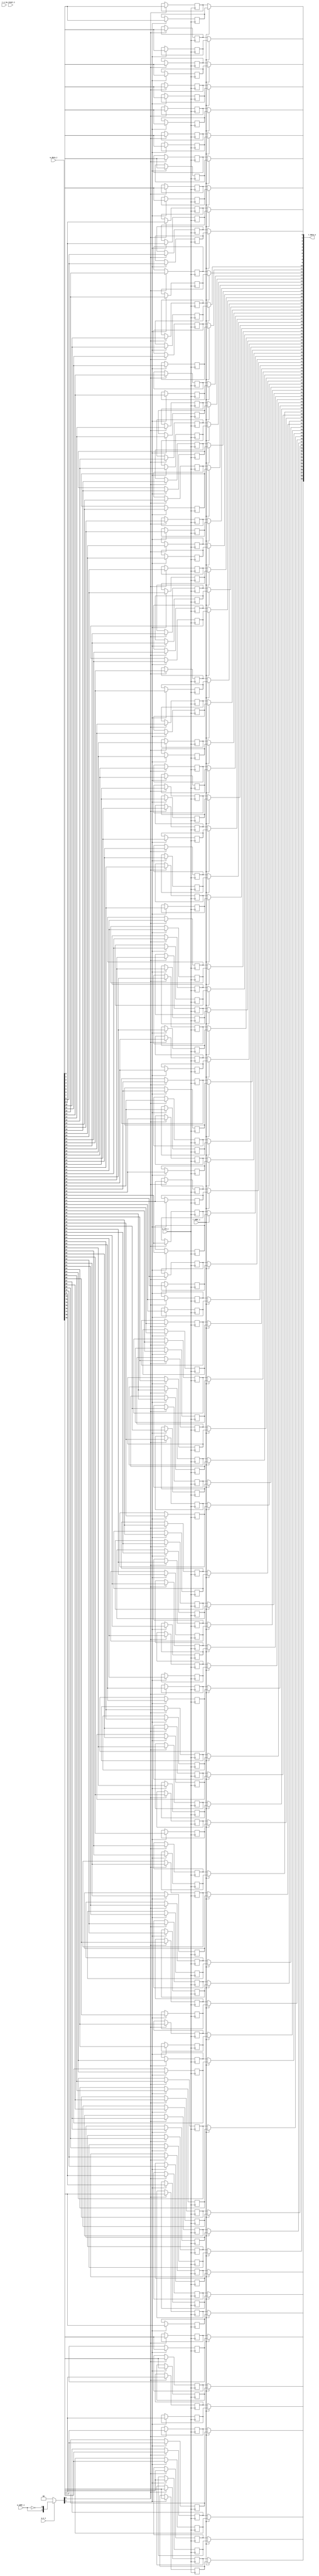
module bsg_mem_1r1w_synth_width_p80_els_p2_read_write_same_addr_p0_harden_p0
(
  w_clk_i,
  w_reset_i,
  w_v_i,
  w_addr_i,
  w_data_i,
  r_v_i,
  r_addr_i,
  r_data_o
);

  input [0:0] w_addr_i;
  input [79:0] w_data_i;
  input [0:0] r_addr_i;
  output [79:0] r_data_o;
  input w_clk_i;
  input w_reset_i;
  input w_v_i;
  input r_v_i;
  wire [79:0] r_data_o;
  wire N0,N1,N2,N3,N4,N5,N7,N8;
  reg [159:0] mem;
  assign r_data_o[79] = (N3)? mem[79] : 
                        (N0)? mem[159] : 1'b0;
  assign N0 = r_addr_i[0];
  assign r_data_o[78] = (N3)? mem[78] : 
                        (N0)? mem[158] : 1'b0;
  assign r_data_o[77] = (N3)? mem[77] : 
                        (N0)? mem[157] : 1'b0;
  assign r_data_o[76] = (N3)? mem[76] : 
                        (N0)? mem[156] : 1'b0;
  assign r_data_o[75] = (N3)? mem[75] : 
                        (N0)? mem[155] : 1'b0;
  assign r_data_o[74] = (N3)? mem[74] : 
                        (N0)? mem[154] : 1'b0;
  assign r_data_o[73] = (N3)? mem[73] : 
                        (N0)? mem[153] : 1'b0;
  assign r_data_o[72] = (N3)? mem[72] : 
                        (N0)? mem[152] : 1'b0;
  assign r_data_o[71] = (N3)? mem[71] : 
                        (N0)? mem[151] : 1'b0;
  assign r_data_o[70] = (N3)? mem[70] : 
                        (N0)? mem[150] : 1'b0;
  assign r_data_o[69] = (N3)? mem[69] : 
                        (N0)? mem[149] : 1'b0;
  assign r_data_o[68] = (N3)? mem[68] : 
                        (N0)? mem[148] : 1'b0;
  assign r_data_o[67] = (N3)? mem[67] : 
                        (N0)? mem[147] : 1'b0;
  assign r_data_o[66] = (N3)? mem[66] : 
                        (N0)? mem[146] : 1'b0;
  assign r_data_o[65] = (N3)? mem[65] : 
                        (N0)? mem[145] : 1'b0;
  assign r_data_o[64] = (N3)? mem[64] : 
                        (N0)? mem[144] : 1'b0;
  assign r_data_o[63] = (N3)? mem[63] : 
                        (N0)? mem[143] : 1'b0;
  assign r_data_o[62] = (N3)? mem[62] : 
                        (N0)? mem[142] : 1'b0;
  assign r_data_o[61] = (N3)? mem[61] : 
                        (N0)? mem[141] : 1'b0;
  assign r_data_o[60] = (N3)? mem[60] : 
                        (N0)? mem[140] : 1'b0;
  assign r_data_o[59] = (N3)? mem[59] : 
                        (N0)? mem[139] : 1'b0;
  assign r_data_o[58] = (N3)? mem[58] : 
                        (N0)? mem[138] : 1'b0;
  assign r_data_o[57] = (N3)? mem[57] : 
                        (N0)? mem[137] : 1'b0;
  assign r_data_o[56] = (N3)? mem[56] : 
                        (N0)? mem[136] : 1'b0;
  assign r_data_o[55] = (N3)? mem[55] : 
                        (N0)? mem[135] : 1'b0;
  assign r_data_o[54] = (N3)? mem[54] : 
                        (N0)? mem[134] : 1'b0;
  assign r_data_o[53] = (N3)? mem[53] : 
                        (N0)? mem[133] : 1'b0;
  assign r_data_o[52] = (N3)? mem[52] : 
                        (N0)? mem[132] : 1'b0;
  assign r_data_o[51] = (N3)? mem[51] : 
                        (N0)? mem[131] : 1'b0;
  assign r_data_o[50] = (N3)? mem[50] : 
                        (N0)? mem[130] : 1'b0;
  assign r_data_o[49] = (N3)? mem[49] : 
                        (N0)? mem[129] : 1'b0;
  assign r_data_o[48] = (N3)? mem[48] : 
                        (N0)? mem[128] : 1'b0;
  assign r_data_o[47] = (N3)? mem[47] : 
                        (N0)? mem[127] : 1'b0;
  assign r_data_o[46] = (N3)? mem[46] : 
                        (N0)? mem[126] : 1'b0;
  assign r_data_o[45] = (N3)? mem[45] : 
                        (N0)? mem[125] : 1'b0;
  assign r_data_o[44] = (N3)? mem[44] : 
                        (N0)? mem[124] : 1'b0;
  assign r_data_o[43] = (N3)? mem[43] : 
                        (N0)? mem[123] : 1'b0;
  assign r_data_o[42] = (N3)? mem[42] : 
                        (N0)? mem[122] : 1'b0;
  assign r_data_o[41] = (N3)? mem[41] : 
                        (N0)? mem[121] : 1'b0;
  assign r_data_o[40] = (N3)? mem[40] : 
                        (N0)? mem[120] : 1'b0;
  assign r_data_o[39] = (N3)? mem[39] : 
                        (N0)? mem[119] : 1'b0;
  assign r_data_o[38] = (N3)? mem[38] : 
                        (N0)? mem[118] : 1'b0;
  assign r_data_o[37] = (N3)? mem[37] : 
                        (N0)? mem[117] : 1'b0;
  assign r_data_o[36] = (N3)? mem[36] : 
                        (N0)? mem[116] : 1'b0;
  assign r_data_o[35] = (N3)? mem[35] : 
                        (N0)? mem[115] : 1'b0;
  assign r_data_o[34] = (N3)? mem[34] : 
                        (N0)? mem[114] : 1'b0;
  assign r_data_o[33] = (N3)? mem[33] : 
                        (N0)? mem[113] : 1'b0;
  assign r_data_o[32] = (N3)? mem[32] : 
                        (N0)? mem[112] : 1'b0;
  assign r_data_o[31] = (N3)? mem[31] : 
                        (N0)? mem[111] : 1'b0;
  assign r_data_o[30] = (N3)? mem[30] : 
                        (N0)? mem[110] : 1'b0;
  assign r_data_o[29] = (N3)? mem[29] : 
                        (N0)? mem[109] : 1'b0;
  assign r_data_o[28] = (N3)? mem[28] : 
                        (N0)? mem[108] : 1'b0;
  assign r_data_o[27] = (N3)? mem[27] : 
                        (N0)? mem[107] : 1'b0;
  assign r_data_o[26] = (N3)? mem[26] : 
                        (N0)? mem[106] : 1'b0;
  assign r_data_o[25] = (N3)? mem[25] : 
                        (N0)? mem[105] : 1'b0;
  assign r_data_o[24] = (N3)? mem[24] : 
                        (N0)? mem[104] : 1'b0;
  assign r_data_o[23] = (N3)? mem[23] : 
                        (N0)? mem[103] : 1'b0;
  assign r_data_o[22] = (N3)? mem[22] : 
                        (N0)? mem[102] : 1'b0;
  assign r_data_o[21] = (N3)? mem[21] : 
                        (N0)? mem[101] : 1'b0;
  assign r_data_o[20] = (N3)? mem[20] : 
                        (N0)? mem[100] : 1'b0;
  assign r_data_o[19] = (N3)? mem[19] : 
                        (N0)? mem[99] : 1'b0;
  assign r_data_o[18] = (N3)? mem[18] : 
                        (N0)? mem[98] : 1'b0;
  assign r_data_o[17] = (N3)? mem[17] : 
                        (N0)? mem[97] : 1'b0;
  assign r_data_o[16] = (N3)? mem[16] : 
                        (N0)? mem[96] : 1'b0;
  assign r_data_o[15] = (N3)? mem[15] : 
                        (N0)? mem[95] : 1'b0;
  assign r_data_o[14] = (N3)? mem[14] : 
                        (N0)? mem[94] : 1'b0;
  assign r_data_o[13] = (N3)? mem[13] : 
                        (N0)? mem[93] : 1'b0;
  assign r_data_o[12] = (N3)? mem[12] : 
                        (N0)? mem[92] : 1'b0;
  assign r_data_o[11] = (N3)? mem[11] : 
                        (N0)? mem[91] : 1'b0;
  assign r_data_o[10] = (N3)? mem[10] : 
                        (N0)? mem[90] : 1'b0;
  assign r_data_o[9] = (N3)? mem[9] : 
                       (N0)? mem[89] : 1'b0;
  assign r_data_o[8] = (N3)? mem[8] : 
                       (N0)? mem[88] : 1'b0;
  assign r_data_o[7] = (N3)? mem[7] : 
                       (N0)? mem[87] : 1'b0;
  assign r_data_o[6] = (N3)? mem[6] : 
                       (N0)? mem[86] : 1'b0;
  assign r_data_o[5] = (N3)? mem[5] : 
                       (N0)? mem[85] : 1'b0;
  assign r_data_o[4] = (N3)? mem[4] : 
                       (N0)? mem[84] : 1'b0;
  assign r_data_o[3] = (N3)? mem[3] : 
                       (N0)? mem[83] : 1'b0;
  assign r_data_o[2] = (N3)? mem[2] : 
                       (N0)? mem[82] : 1'b0;
  assign r_data_o[1] = (N3)? mem[1] : 
                       (N0)? mem[81] : 1'b0;
  assign r_data_o[0] = (N3)? mem[0] : 
                       (N0)? mem[80] : 1'b0;

  always @(posedge w_clk_i) begin
    if(N8) begin
      mem[159] <= w_data_i[79];
    end 
  end


  always @(posedge w_clk_i) begin
    if(N8) begin
      mem[158] <= w_data_i[78];
    end 
  end


  always @(posedge w_clk_i) begin
    if(N8) begin
      mem[157] <= w_data_i[77];
    end 
  end


  always @(posedge w_clk_i) begin
    if(N8) begin
      mem[156] <= w_data_i[76];
    end 
  end


  always @(posedge w_clk_i) begin
    if(N8) begin
      mem[155] <= w_data_i[75];
    end 
  end


  always @(posedge w_clk_i) begin
    if(N8) begin
      mem[154] <= w_data_i[74];
    end 
  end


  always @(posedge w_clk_i) begin
    if(N8) begin
      mem[153] <= w_data_i[73];
    end 
  end


  always @(posedge w_clk_i) begin
    if(N8) begin
      mem[152] <= w_data_i[72];
    end 
  end


  always @(posedge w_clk_i) begin
    if(N8) begin
      mem[151] <= w_data_i[71];
    end 
  end


  always @(posedge w_clk_i) begin
    if(N8) begin
      mem[150] <= w_data_i[70];
    end 
  end


  always @(posedge w_clk_i) begin
    if(N8) begin
      mem[149] <= w_data_i[69];
    end 
  end


  always @(posedge w_clk_i) begin
    if(N8) begin
      mem[148] <= w_data_i[68];
    end 
  end


  always @(posedge w_clk_i) begin
    if(N8) begin
      mem[147] <= w_data_i[67];
    end 
  end


  always @(posedge w_clk_i) begin
    if(N8) begin
      mem[146] <= w_data_i[66];
    end 
  end


  always @(posedge w_clk_i) begin
    if(N8) begin
      mem[145] <= w_data_i[65];
    end 
  end


  always @(posedge w_clk_i) begin
    if(N8) begin
      mem[144] <= w_data_i[64];
    end 
  end


  always @(posedge w_clk_i) begin
    if(N8) begin
      mem[143] <= w_data_i[63];
    end 
  end


  always @(posedge w_clk_i) begin
    if(N8) begin
      mem[142] <= w_data_i[62];
    end 
  end


  always @(posedge w_clk_i) begin
    if(N8) begin
      mem[141] <= w_data_i[61];
    end 
  end


  always @(posedge w_clk_i) begin
    if(N8) begin
      mem[140] <= w_data_i[60];
    end 
  end


  always @(posedge w_clk_i) begin
    if(N8) begin
      mem[139] <= w_data_i[59];
    end 
  end


  always @(posedge w_clk_i) begin
    if(N8) begin
      mem[138] <= w_data_i[58];
    end 
  end


  always @(posedge w_clk_i) begin
    if(N8) begin
      mem[137] <= w_data_i[57];
    end 
  end


  always @(posedge w_clk_i) begin
    if(N8) begin
      mem[136] <= w_data_i[56];
    end 
  end


  always @(posedge w_clk_i) begin
    if(N8) begin
      mem[135] <= w_data_i[55];
    end 
  end


  always @(posedge w_clk_i) begin
    if(N8) begin
      mem[134] <= w_data_i[54];
    end 
  end


  always @(posedge w_clk_i) begin
    if(N8) begin
      mem[133] <= w_data_i[53];
    end 
  end


  always @(posedge w_clk_i) begin
    if(N8) begin
      mem[132] <= w_data_i[52];
    end 
  end


  always @(posedge w_clk_i) begin
    if(N8) begin
      mem[131] <= w_data_i[51];
    end 
  end


  always @(posedge w_clk_i) begin
    if(N8) begin
      mem[130] <= w_data_i[50];
    end 
  end


  always @(posedge w_clk_i) begin
    if(N8) begin
      mem[129] <= w_data_i[49];
    end 
  end


  always @(posedge w_clk_i) begin
    if(N8) begin
      mem[128] <= w_data_i[48];
    end 
  end


  always @(posedge w_clk_i) begin
    if(N8) begin
      mem[127] <= w_data_i[47];
    end 
  end


  always @(posedge w_clk_i) begin
    if(N8) begin
      mem[126] <= w_data_i[46];
    end 
  end


  always @(posedge w_clk_i) begin
    if(N8) begin
      mem[125] <= w_data_i[45];
    end 
  end


  always @(posedge w_clk_i) begin
    if(N8) begin
      mem[124] <= w_data_i[44];
    end 
  end


  always @(posedge w_clk_i) begin
    if(N8) begin
      mem[123] <= w_data_i[43];
    end 
  end


  always @(posedge w_clk_i) begin
    if(N8) begin
      mem[122] <= w_data_i[42];
    end 
  end


  always @(posedge w_clk_i) begin
    if(N8) begin
      mem[121] <= w_data_i[41];
    end 
  end


  always @(posedge w_clk_i) begin
    if(N8) begin
      mem[120] <= w_data_i[40];
    end 
  end


  always @(posedge w_clk_i) begin
    if(N8) begin
      mem[119] <= w_data_i[39];
    end 
  end


  always @(posedge w_clk_i) begin
    if(N8) begin
      mem[118] <= w_data_i[38];
    end 
  end


  always @(posedge w_clk_i) begin
    if(N8) begin
      mem[117] <= w_data_i[37];
    end 
  end


  always @(posedge w_clk_i) begin
    if(N8) begin
      mem[116] <= w_data_i[36];
    end 
  end


  always @(posedge w_clk_i) begin
    if(N8) begin
      mem[115] <= w_data_i[35];
    end 
  end


  always @(posedge w_clk_i) begin
    if(N8) begin
      mem[114] <= w_data_i[34];
    end 
  end


  always @(posedge w_clk_i) begin
    if(N8) begin
      mem[113] <= w_data_i[33];
    end 
  end


  always @(posedge w_clk_i) begin
    if(N8) begin
      mem[112] <= w_data_i[32];
    end 
  end


  always @(posedge w_clk_i) begin
    if(N8) begin
      mem[111] <= w_data_i[31];
    end 
  end


  always @(posedge w_clk_i) begin
    if(N8) begin
      mem[110] <= w_data_i[30];
    end 
  end


  always @(posedge w_clk_i) begin
    if(N8) begin
      mem[109] <= w_data_i[29];
    end 
  end


  always @(posedge w_clk_i) begin
    if(N8) begin
      mem[108] <= w_data_i[28];
    end 
  end


  always @(posedge w_clk_i) begin
    if(N8) begin
      mem[107] <= w_data_i[27];
    end 
  end


  always @(posedge w_clk_i) begin
    if(N8) begin
      mem[106] <= w_data_i[26];
    end 
  end


  always @(posedge w_clk_i) begin
    if(N8) begin
      mem[105] <= w_data_i[25];
    end 
  end


  always @(posedge w_clk_i) begin
    if(N8) begin
      mem[104] <= w_data_i[24];
    end 
  end


  always @(posedge w_clk_i) begin
    if(N8) begin
      mem[103] <= w_data_i[23];
    end 
  end


  always @(posedge w_clk_i) begin
    if(N8) begin
      mem[102] <= w_data_i[22];
    end 
  end


  always @(posedge w_clk_i) begin
    if(N8) begin
      mem[101] <= w_data_i[21];
    end 
  end


  always @(posedge w_clk_i) begin
    if(N8) begin
      mem[100] <= w_data_i[20];
    end 
  end


  always @(posedge w_clk_i) begin
    if(N8) begin
      mem[99] <= w_data_i[19];
    end 
  end


  always @(posedge w_clk_i) begin
    if(N8) begin
      mem[98] <= w_data_i[18];
    end 
  end


  always @(posedge w_clk_i) begin
    if(N8) begin
      mem[97] <= w_data_i[17];
    end 
  end


  always @(posedge w_clk_i) begin
    if(N8) begin
      mem[96] <= w_data_i[16];
    end 
  end


  always @(posedge w_clk_i) begin
    if(N8) begin
      mem[95] <= w_data_i[15];
    end 
  end


  always @(posedge w_clk_i) begin
    if(N8) begin
      mem[94] <= w_data_i[14];
    end 
  end


  always @(posedge w_clk_i) begin
    if(N8) begin
      mem[93] <= w_data_i[13];
    end 
  end


  always @(posedge w_clk_i) begin
    if(N8) begin
      mem[92] <= w_data_i[12];
    end 
  end


  always @(posedge w_clk_i) begin
    if(N8) begin
      mem[91] <= w_data_i[11];
    end 
  end


  always @(posedge w_clk_i) begin
    if(N8) begin
      mem[90] <= w_data_i[10];
    end 
  end


  always @(posedge w_clk_i) begin
    if(N8) begin
      mem[89] <= w_data_i[9];
    end 
  end


  always @(posedge w_clk_i) begin
    if(N8) begin
      mem[88] <= w_data_i[8];
    end 
  end


  always @(posedge w_clk_i) begin
    if(N8) begin
      mem[87] <= w_data_i[7];
    end 
  end


  always @(posedge w_clk_i) begin
    if(N8) begin
      mem[86] <= w_data_i[6];
    end 
  end


  always @(posedge w_clk_i) begin
    if(N8) begin
      mem[85] <= w_data_i[5];
    end 
  end


  always @(posedge w_clk_i) begin
    if(N8) begin
      mem[84] <= w_data_i[4];
    end 
  end


  always @(posedge w_clk_i) begin
    if(N8) begin
      mem[83] <= w_data_i[3];
    end 
  end


  always @(posedge w_clk_i) begin
    if(N8) begin
      mem[82] <= w_data_i[2];
    end 
  end


  always @(posedge w_clk_i) begin
    if(N8) begin
      mem[81] <= w_data_i[1];
    end 
  end


  always @(posedge w_clk_i) begin
    if(N8) begin
      mem[80] <= w_data_i[0];
    end 
  end


  always @(posedge w_clk_i) begin
    if(N7) begin
      mem[79] <= w_data_i[79];
    end 
  end


  always @(posedge w_clk_i) begin
    if(N7) begin
      mem[78] <= w_data_i[78];
    end 
  end


  always @(posedge w_clk_i) begin
    if(N7) begin
      mem[77] <= w_data_i[77];
    end 
  end


  always @(posedge w_clk_i) begin
    if(N7) begin
      mem[76] <= w_data_i[76];
    end 
  end


  always @(posedge w_clk_i) begin
    if(N7) begin
      mem[75] <= w_data_i[75];
    end 
  end


  always @(posedge w_clk_i) begin
    if(N7) begin
      mem[74] <= w_data_i[74];
    end 
  end


  always @(posedge w_clk_i) begin
    if(N7) begin
      mem[73] <= w_data_i[73];
    end 
  end


  always @(posedge w_clk_i) begin
    if(N7) begin
      mem[72] <= w_data_i[72];
    end 
  end


  always @(posedge w_clk_i) begin
    if(N7) begin
      mem[71] <= w_data_i[71];
    end 
  end


  always @(posedge w_clk_i) begin
    if(N7) begin
      mem[70] <= w_data_i[70];
    end 
  end


  always @(posedge w_clk_i) begin
    if(N7) begin
      mem[69] <= w_data_i[69];
    end 
  end


  always @(posedge w_clk_i) begin
    if(N7) begin
      mem[68] <= w_data_i[68];
    end 
  end


  always @(posedge w_clk_i) begin
    if(N7) begin
      mem[67] <= w_data_i[67];
    end 
  end


  always @(posedge w_clk_i) begin
    if(N7) begin
      mem[66] <= w_data_i[66];
    end 
  end


  always @(posedge w_clk_i) begin
    if(N7) begin
      mem[65] <= w_data_i[65];
    end 
  end


  always @(posedge w_clk_i) begin
    if(N7) begin
      mem[64] <= w_data_i[64];
    end 
  end


  always @(posedge w_clk_i) begin
    if(N7) begin
      mem[63] <= w_data_i[63];
    end 
  end


  always @(posedge w_clk_i) begin
    if(N7) begin
      mem[62] <= w_data_i[62];
    end 
  end


  always @(posedge w_clk_i) begin
    if(N7) begin
      mem[61] <= w_data_i[61];
    end 
  end


  always @(posedge w_clk_i) begin
    if(N7) begin
      mem[60] <= w_data_i[60];
    end 
  end


  always @(posedge w_clk_i) begin
    if(N7) begin
      mem[59] <= w_data_i[59];
    end 
  end


  always @(posedge w_clk_i) begin
    if(N7) begin
      mem[58] <= w_data_i[58];
    end 
  end


  always @(posedge w_clk_i) begin
    if(N7) begin
      mem[57] <= w_data_i[57];
    end 
  end


  always @(posedge w_clk_i) begin
    if(N7) begin
      mem[56] <= w_data_i[56];
    end 
  end


  always @(posedge w_clk_i) begin
    if(N7) begin
      mem[55] <= w_data_i[55];
    end 
  end


  always @(posedge w_clk_i) begin
    if(N7) begin
      mem[54] <= w_data_i[54];
    end 
  end


  always @(posedge w_clk_i) begin
    if(N7) begin
      mem[53] <= w_data_i[53];
    end 
  end


  always @(posedge w_clk_i) begin
    if(N7) begin
      mem[52] <= w_data_i[52];
    end 
  end


  always @(posedge w_clk_i) begin
    if(N7) begin
      mem[51] <= w_data_i[51];
    end 
  end


  always @(posedge w_clk_i) begin
    if(N7) begin
      mem[50] <= w_data_i[50];
    end 
  end


  always @(posedge w_clk_i) begin
    if(N7) begin
      mem[49] <= w_data_i[49];
    end 
  end


  always @(posedge w_clk_i) begin
    if(N7) begin
      mem[48] <= w_data_i[48];
    end 
  end


  always @(posedge w_clk_i) begin
    if(N7) begin
      mem[47] <= w_data_i[47];
    end 
  end


  always @(posedge w_clk_i) begin
    if(N7) begin
      mem[46] <= w_data_i[46];
    end 
  end


  always @(posedge w_clk_i) begin
    if(N7) begin
      mem[45] <= w_data_i[45];
    end 
  end


  always @(posedge w_clk_i) begin
    if(N7) begin
      mem[44] <= w_data_i[44];
    end 
  end


  always @(posedge w_clk_i) begin
    if(N7) begin
      mem[43] <= w_data_i[43];
    end 
  end


  always @(posedge w_clk_i) begin
    if(N7) begin
      mem[42] <= w_data_i[42];
    end 
  end


  always @(posedge w_clk_i) begin
    if(N7) begin
      mem[41] <= w_data_i[41];
    end 
  end


  always @(posedge w_clk_i) begin
    if(N7) begin
      mem[40] <= w_data_i[40];
    end 
  end


  always @(posedge w_clk_i) begin
    if(N7) begin
      mem[39] <= w_data_i[39];
    end 
  end


  always @(posedge w_clk_i) begin
    if(N7) begin
      mem[38] <= w_data_i[38];
    end 
  end


  always @(posedge w_clk_i) begin
    if(N7) begin
      mem[37] <= w_data_i[37];
    end 
  end


  always @(posedge w_clk_i) begin
    if(N7) begin
      mem[36] <= w_data_i[36];
    end 
  end


  always @(posedge w_clk_i) begin
    if(N7) begin
      mem[35] <= w_data_i[35];
    end 
  end


  always @(posedge w_clk_i) begin
    if(N7) begin
      mem[34] <= w_data_i[34];
    end 
  end


  always @(posedge w_clk_i) begin
    if(N7) begin
      mem[33] <= w_data_i[33];
    end 
  end


  always @(posedge w_clk_i) begin
    if(N7) begin
      mem[32] <= w_data_i[32];
    end 
  end


  always @(posedge w_clk_i) begin
    if(N7) begin
      mem[31] <= w_data_i[31];
    end 
  end


  always @(posedge w_clk_i) begin
    if(N7) begin
      mem[30] <= w_data_i[30];
    end 
  end


  always @(posedge w_clk_i) begin
    if(N7) begin
      mem[29] <= w_data_i[29];
    end 
  end


  always @(posedge w_clk_i) begin
    if(N7) begin
      mem[28] <= w_data_i[28];
    end 
  end


  always @(posedge w_clk_i) begin
    if(N7) begin
      mem[27] <= w_data_i[27];
    end 
  end


  always @(posedge w_clk_i) begin
    if(N7) begin
      mem[26] <= w_data_i[26];
    end 
  end


  always @(posedge w_clk_i) begin
    if(N7) begin
      mem[25] <= w_data_i[25];
    end 
  end


  always @(posedge w_clk_i) begin
    if(N7) begin
      mem[24] <= w_data_i[24];
    end 
  end


  always @(posedge w_clk_i) begin
    if(N7) begin
      mem[23] <= w_data_i[23];
    end 
  end


  always @(posedge w_clk_i) begin
    if(N7) begin
      mem[22] <= w_data_i[22];
    end 
  end


  always @(posedge w_clk_i) begin
    if(N7) begin
      mem[21] <= w_data_i[21];
    end 
  end


  always @(posedge w_clk_i) begin
    if(N7) begin
      mem[20] <= w_data_i[20];
    end 
  end


  always @(posedge w_clk_i) begin
    if(N7) begin
      mem[19] <= w_data_i[19];
    end 
  end


  always @(posedge w_clk_i) begin
    if(N7) begin
      mem[18] <= w_data_i[18];
    end 
  end


  always @(posedge w_clk_i) begin
    if(N7) begin
      mem[17] <= w_data_i[17];
    end 
  end


  always @(posedge w_clk_i) begin
    if(N7) begin
      mem[16] <= w_data_i[16];
    end 
  end


  always @(posedge w_clk_i) begin
    if(N7) begin
      mem[15] <= w_data_i[15];
    end 
  end


  always @(posedge w_clk_i) begin
    if(N7) begin
      mem[14] <= w_data_i[14];
    end 
  end


  always @(posedge w_clk_i) begin
    if(N7) begin
      mem[13] <= w_data_i[13];
    end 
  end


  always @(posedge w_clk_i) begin
    if(N7) begin
      mem[12] <= w_data_i[12];
    end 
  end


  always @(posedge w_clk_i) begin
    if(N7) begin
      mem[11] <= w_data_i[11];
    end 
  end


  always @(posedge w_clk_i) begin
    if(N7) begin
      mem[10] <= w_data_i[10];
    end 
  end


  always @(posedge w_clk_i) begin
    if(N7) begin
      mem[9] <= w_data_i[9];
    end 
  end


  always @(posedge w_clk_i) begin
    if(N7) begin
      mem[8] <= w_data_i[8];
    end 
  end


  always @(posedge w_clk_i) begin
    if(N7) begin
      mem[7] <= w_data_i[7];
    end 
  end


  always @(posedge w_clk_i) begin
    if(N7) begin
      mem[6] <= w_data_i[6];
    end 
  end


  always @(posedge w_clk_i) begin
    if(N7) begin
      mem[5] <= w_data_i[5];
    end 
  end


  always @(posedge w_clk_i) begin
    if(N7) begin
      mem[4] <= w_data_i[4];
    end 
  end


  always @(posedge w_clk_i) begin
    if(N7) begin
      mem[3] <= w_data_i[3];
    end 
  end


  always @(posedge w_clk_i) begin
    if(N7) begin
      mem[2] <= w_data_i[2];
    end 
  end


  always @(posedge w_clk_i) begin
    if(N7) begin
      mem[1] <= w_data_i[1];
    end 
  end


  always @(posedge w_clk_i) begin
    if(N7) begin
      mem[0] <= w_data_i[0];
    end 
  end

  assign N5 = ~w_addr_i[0];
  assign { N8, N7 } = (N1)? { w_addr_i[0:0], N5 } : 
                      (N2)? { 1'b0, 1'b0 } : 1'b0;
  assign N1 = w_v_i;
  assign N2 = N4;
  assign N3 = ~r_addr_i[0];
  assign N4 = ~w_v_i;

endmodule